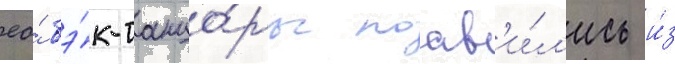
ео́ бэ́к-танцо́ры поав'и́л'ись и́з